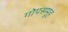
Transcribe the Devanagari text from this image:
गोपसमूह